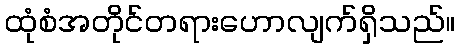
ထုံစံအတိုင်တရားဟောလျက်ရှိသည်။